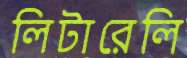
লিটারেলি